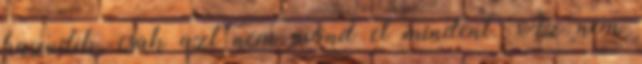
hazudik, csak azt nem mond el mindent. Az nem